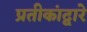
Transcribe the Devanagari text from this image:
प्रतीकांद्वारे